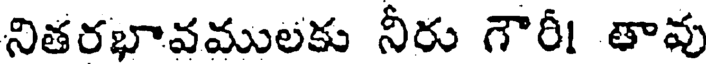
నితరభావములకు నీరు గౌరీ! తావు